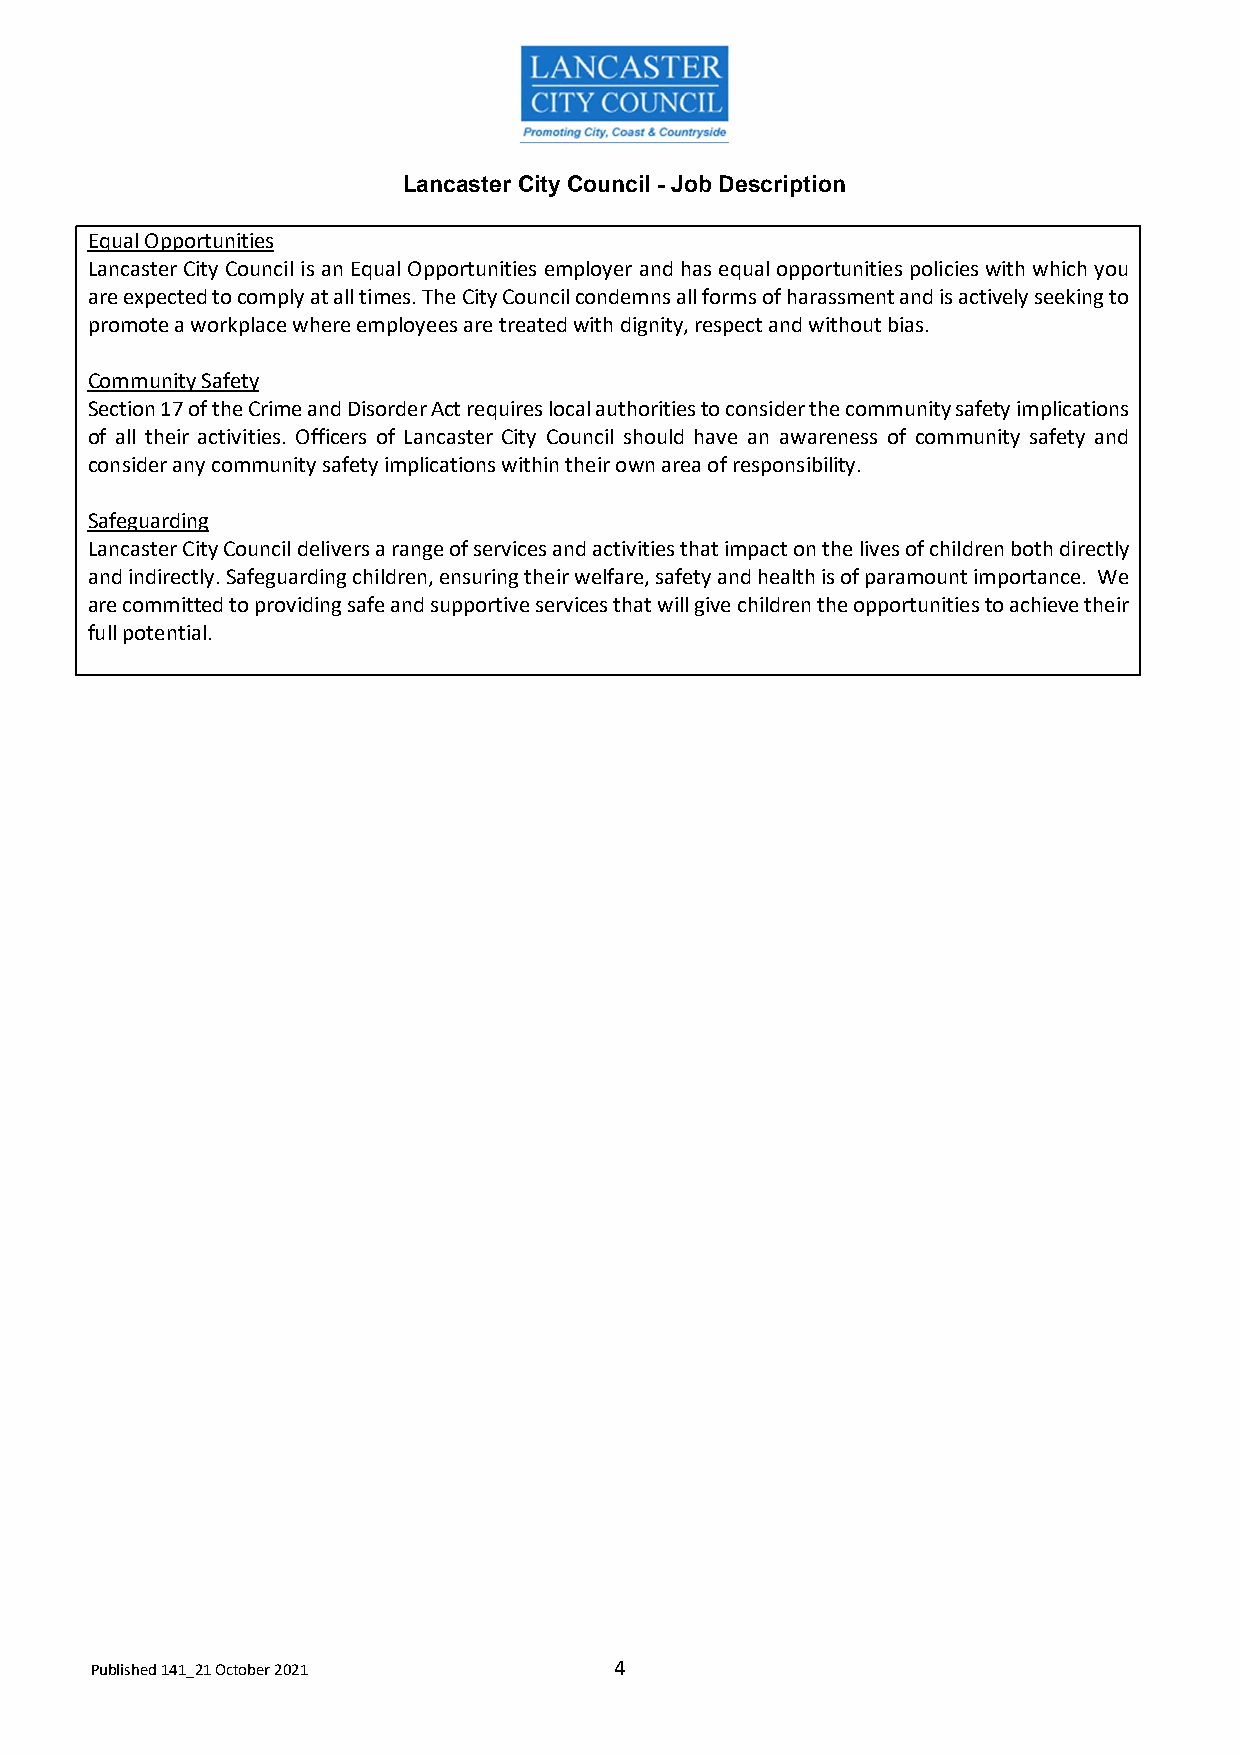
Lancaster City Council - Job Description
 Equal Opportunities
 Lancaster City Council is an Equal Opportunities employer and has equal opportunities policies with which you
 are expected to comply at all times. The City Council condemns all forms of harassment and is actively seeking to
 promote a workplace where employees are treated with dignity, respect and without bias.
 Community Safety
 Section 17 of the Crime and Disorder Act requires local authorities to consider the community safety implications
 of all their activities. Officers of Lancaster City Council should have an awareness of community safety and
 consider any community safety implications within their own area of responsibility.
 Safeguarding
 Lancaster City Council delivers a range of services and activities that impact on the lives of children both directly
 and indirectly. Safeguarding children, ensuring their welfare, safety and health is of paramount importance. We
 are committed to providing safe and supportive services that will give children the opportunities to achieve their
 full potential.
 Published 141_21 October 2021      4